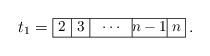
LaTeX: \begin{align*}t_1 = \vcenter{\offinterlineskip\small\hrule\hbox{\vrule height 9 pt depth 4 pt\hbox to 13pt{\hfil\(2\)\hfil}\vrule\hbox to 13pt{\hfil\(3\)\hfil}\vrule\hbox to 30pt{\hfil\(\cdots\)\hfil}\vrule\hbox to 25pt{\hfil\(n-1\)\hfil}\vrule\hbox to 13pt{\hfil\(n\)\hfil}\vrule}\hrule}\,.\end{align*}